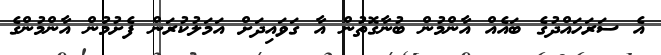
އެ ސަރަހައްދުގެ ބައެއް އާންމުން ބުނާގޮތުން އާ ގަވައިދަށް އަމަލުކުރަން ފެށުމުން އާންމުންގެ